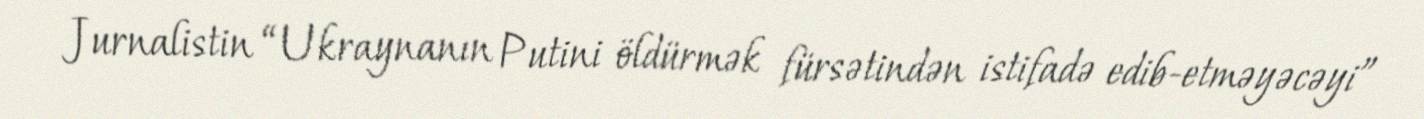
Jurnalistin “Ukraynanın Putini öldürmək fürsətindən istifadə edib-etməyəcəyi”